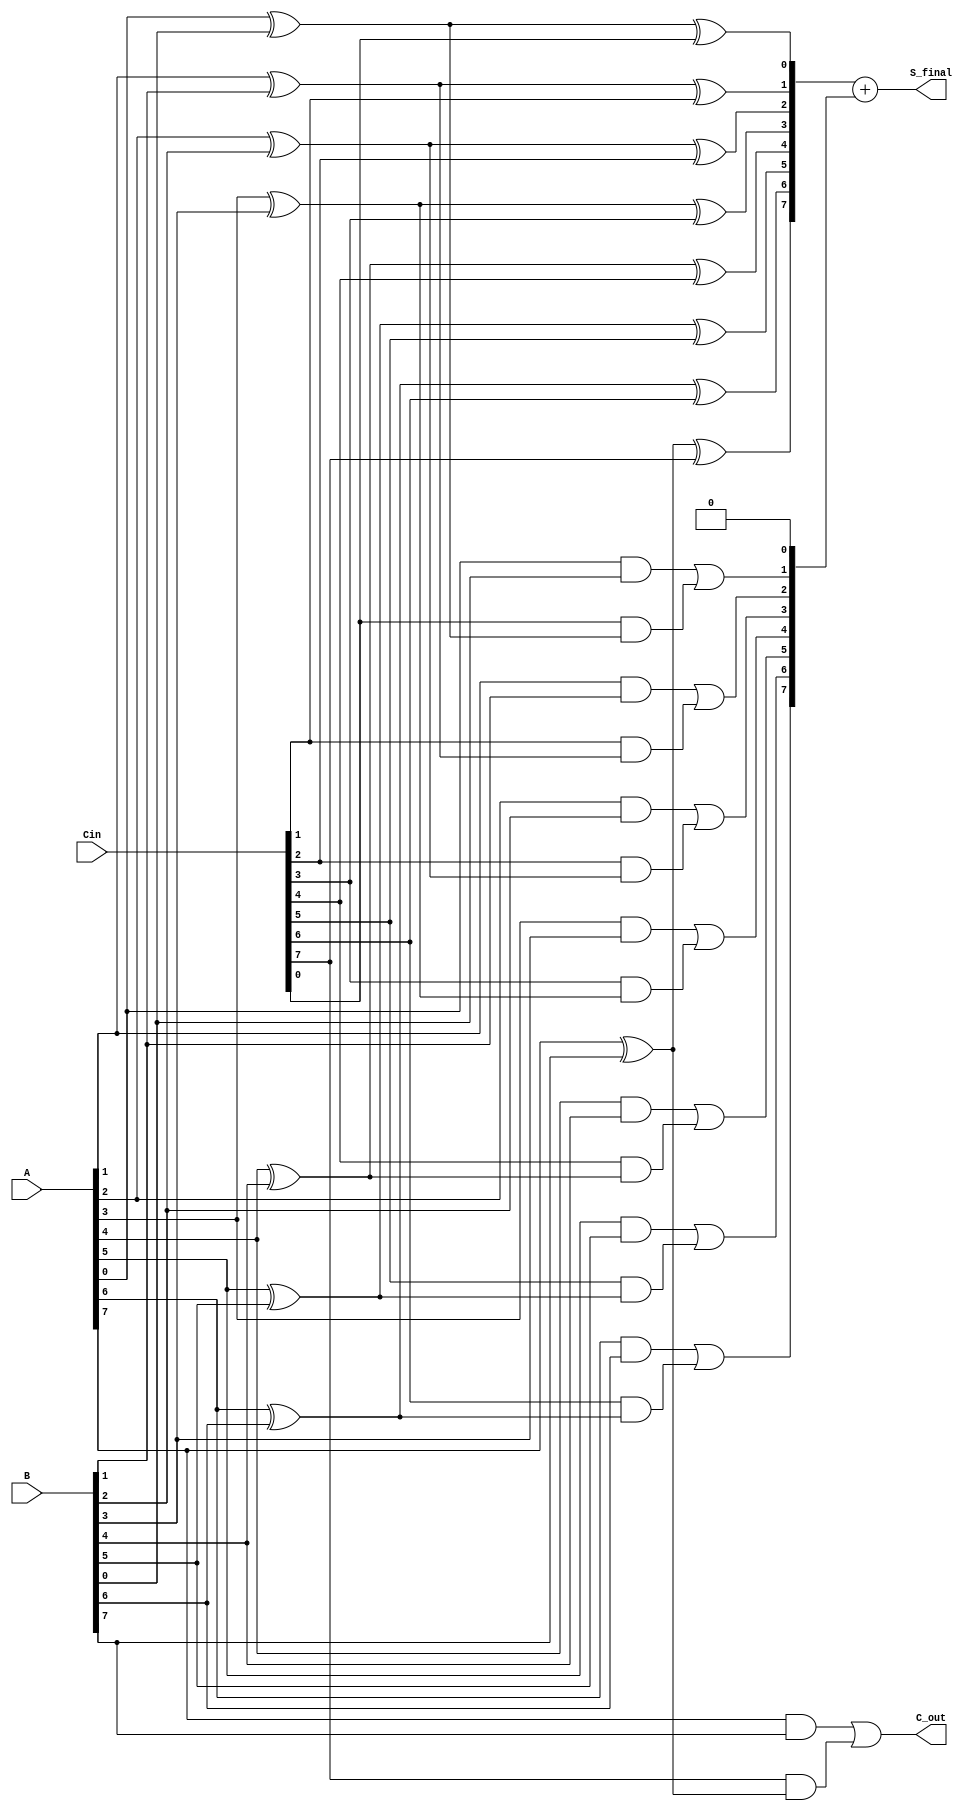
module CarrySaveAdder #(parameter N = 8) (
    input  wire [N-1:0] A,      // First input
    input  wire [N-1:0] B,      // Second input
    input  wire [N-1:0] Cin,     // Carry-in input
    output wire [N-1:0] S_final, // Final sum output
    output wire C_out            // Final carry-out
);
    wire [N-1:0] S;   // Partial sum
    wire [N:0] C;     // Carry bits (C[0] is unused)

    // Generate partial sums and carry bits
    genvar i;
    generate
        for (i = 0; i < N; i = i + 1) begin : CSA
            // Sum calculation
            assign S[i] = A[i] ^ B[i] ^ Cin[i];
            // Carry calculation
            assign C[i+1] = (A[i] & B[i]) | (Cin[i] & (A[i] ^ B[i]));
        end
    endgenerate

    // Final carry propagation
    assign C[0] = 1'b0; // Initialize C[0] to 0
    assign S_final = S + C[N-1:0]; // Compute final sum
    assign C_out = C[N]; // Final carry-out

endmodule